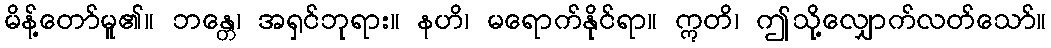
မိန့်တော်မူ၏။ ဘန္တေ၊ အရှင်ဘုရား။ နဟိ၊ မရောက်နိုင်ရာ။ ဣတိ၊ ဤသို့လျှောက်လတ်သော်။